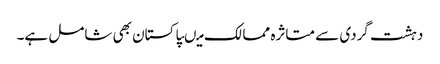
دہشت گردی سے متاثرہ ممالک میںپاکستان بھی شامل ہے۔